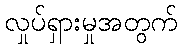
လှုပ်ရှားမှုအတွက်